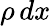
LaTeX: \rho\, dx